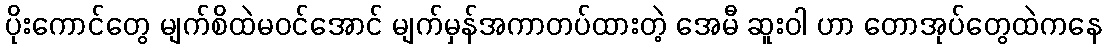
ပိုးကောင်တွေ မျက်စိထဲမဝင်အောင် မျက်မှန်အကာတပ်ထားတဲ့ အေမီ ဆူးဝါ ဟာ တောအုပ်တွေထဲကနေ